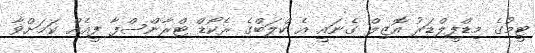
ޓީމުގެ މިޑްފީލްޑަރު އޮޒިލް ގެނައީ އެ ކްލަބްގެ ރެކޯޑް ޓްރާންސްފާ ފީއެއް ކަމަށްވާ